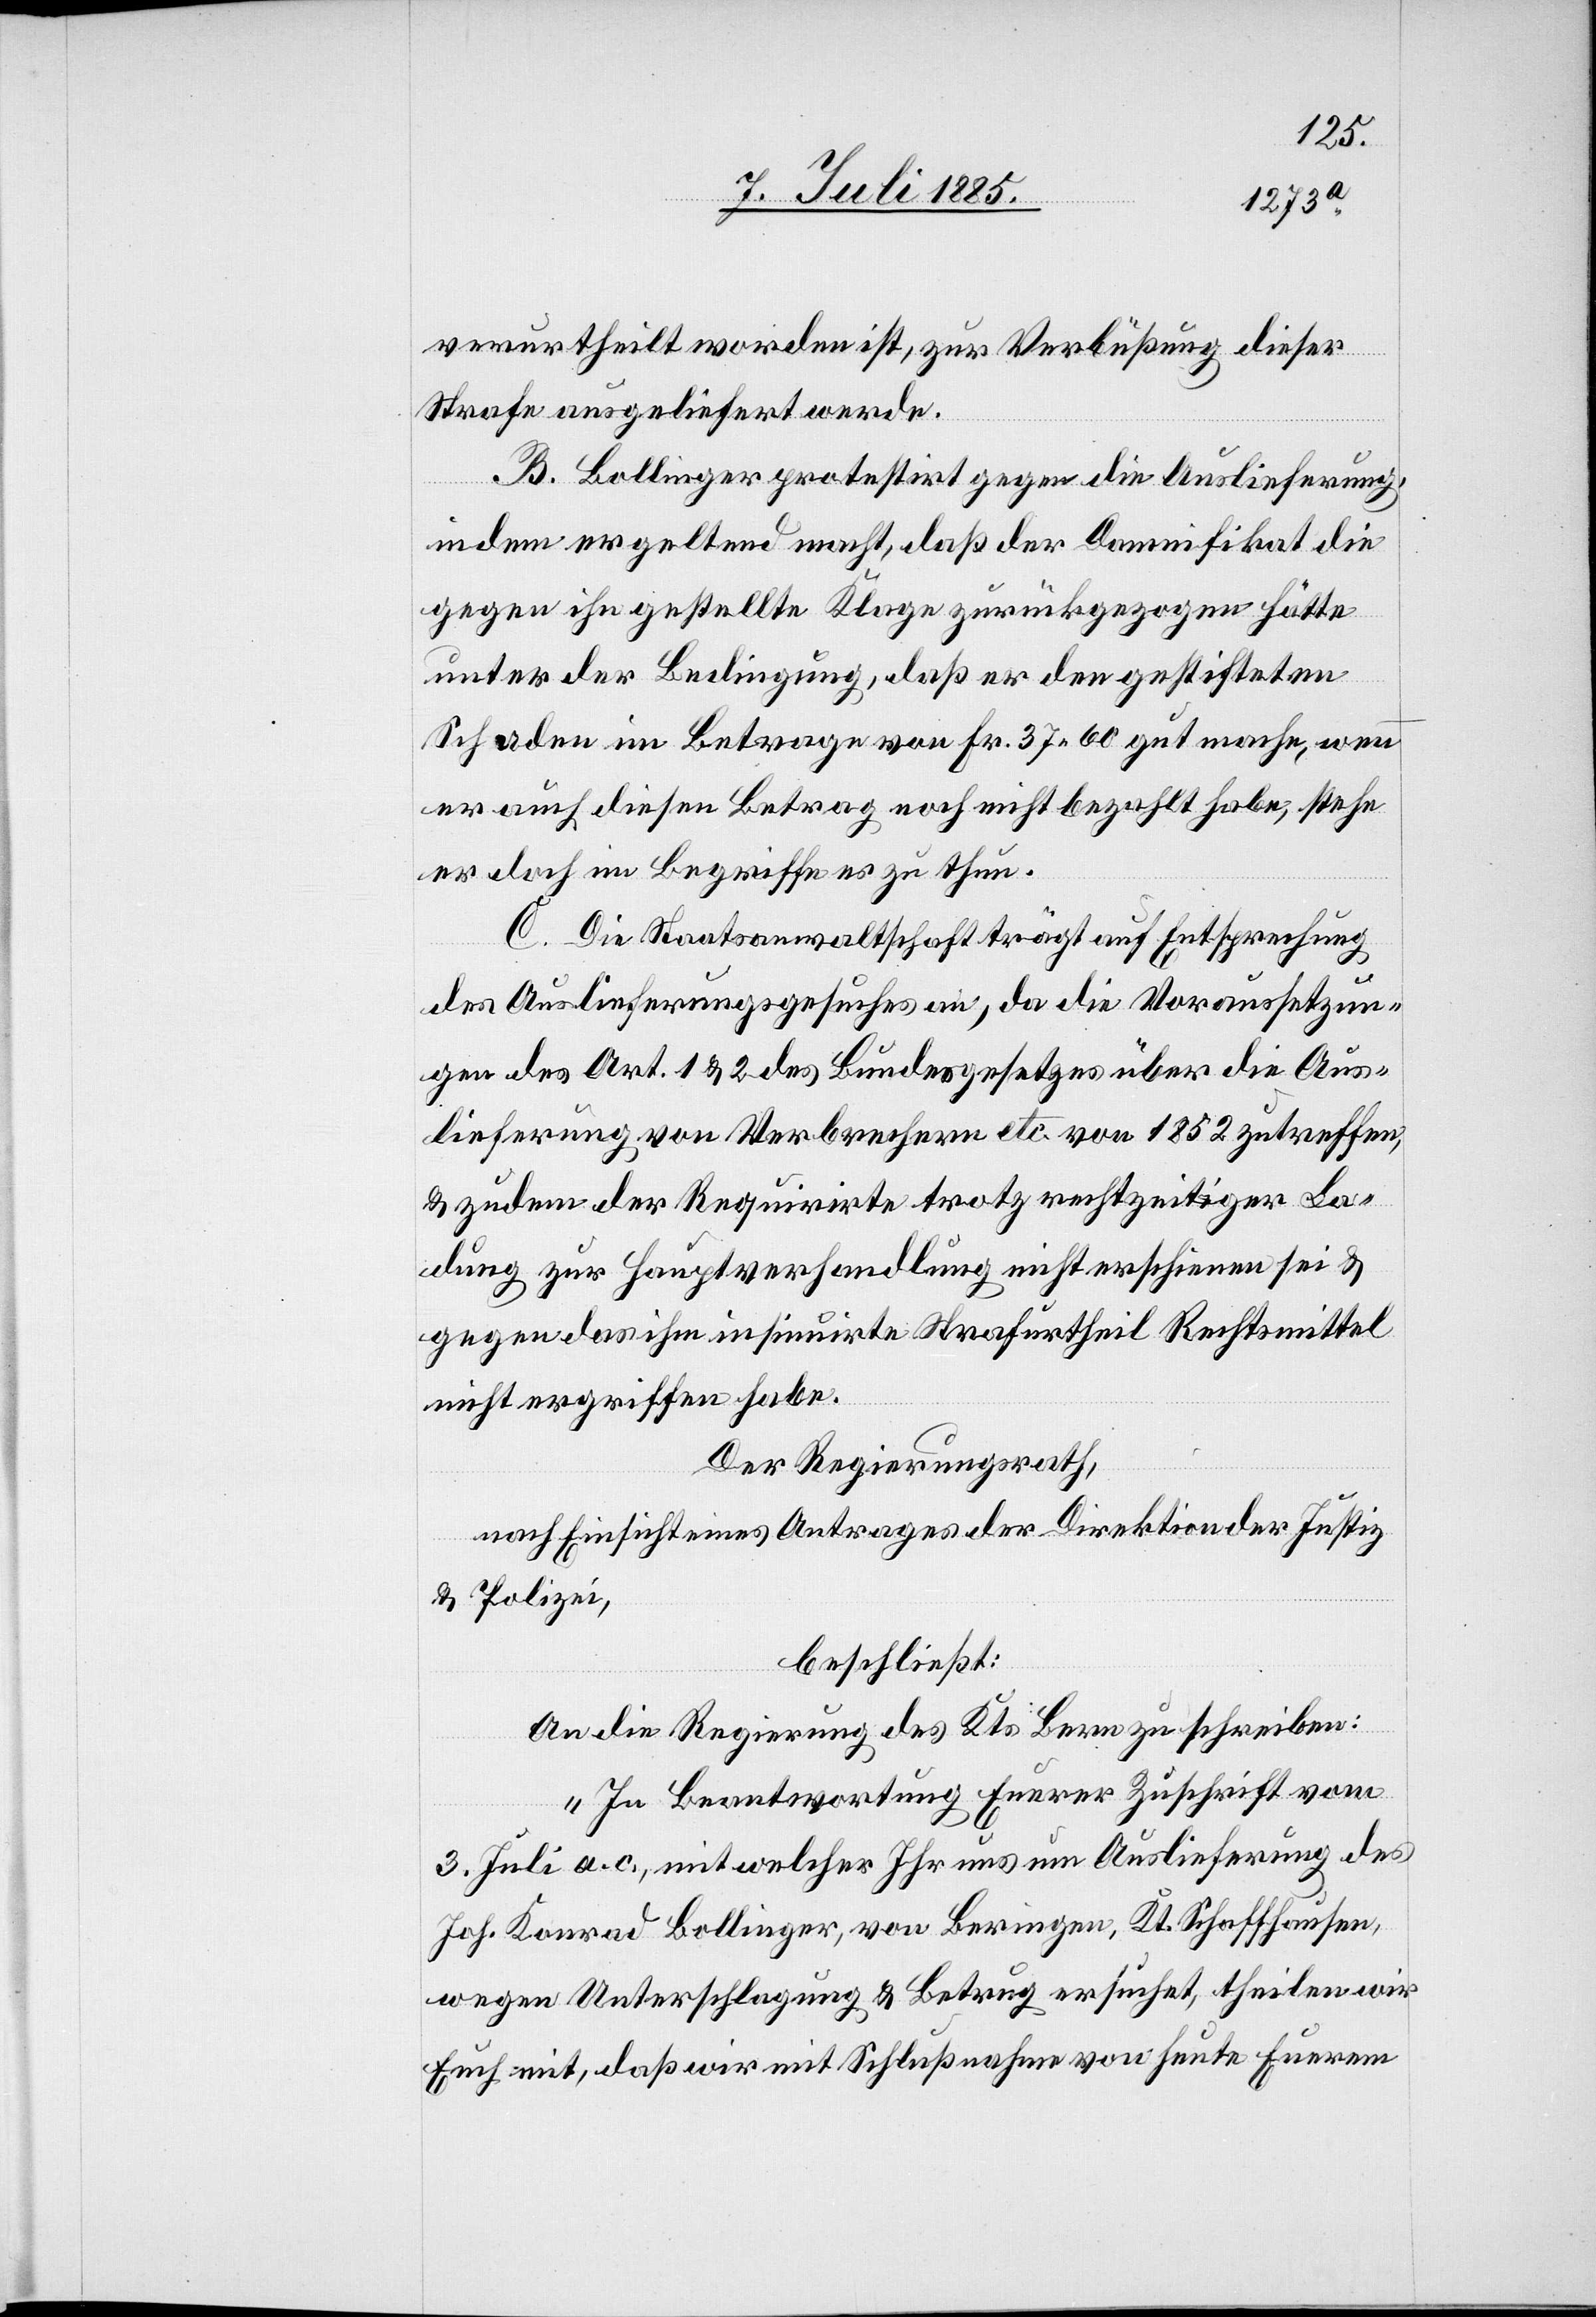
verurtheilt worden ist, zur Verbüßung dieser
Strafe ausgeliefert werde.
B. Bollinger protestirt gegen die Auslieferung
indem er geltend macht, daß der Damnifikat die
gegen ihn gestellte Klage zurückgezogen hätte
unter der Bedingung, daß er den gestifteten
Schaden im Betrage von Fr. 37 60 gut mache, wenn
er auch diesen Betrag noch nicht bezahlt habe, stehe
er doch im Begriffe es zu thun.
C. Die Staatsanwaltschaft trägt auf Entsprechung
des Auslieferungsgesuches an, da die Voraussetzun¬
g des Art. 1 & 2 des Bundesgesetzes über die Aus¬
lieferung von Verbrechen etc. von 1852 zutreffen,
& zudem der Requirirte trotz rechtzeitiger La¬
dung zur Hauptverhandlung nicht erschienen sei &
gegen das ihm insinuirte Strafurtheil Rechtsmittel
nicht ergriffen habe.
Der Regierungsrath,
nach Einsicht eines Antrages der Direktion der Justiz
& Polizei,
beschließt:
An die Regierung des Kts. Bern zu schreiben:
„In Beantwortung Euerer Zuschrift vom
3. Juli a. c., mit welcher Ihr uns um Auslieferung des
Joh. Konrad Bollinger, von Beringen, Kt. Schaffhausen,
wegen Unterschlagung & Betrug ersuchet, theilen wir
Euch mit, daß wir mit Schlußnahme von heute Euerem